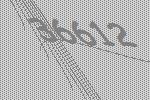
36612